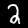
Digit: 2